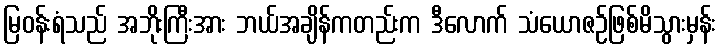
မြဝန်းရံသည် အဘိုးကြီးအား ဘယ်အချိန်ကတည်းက ဒီလောက် သံယောဇဉ်ဖြစ်မိသွားမှန်း